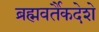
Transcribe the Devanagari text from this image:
ब्रह्मवर्तैकदेशे